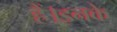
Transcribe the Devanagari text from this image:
हैं।इनके